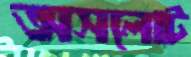
অসলোট